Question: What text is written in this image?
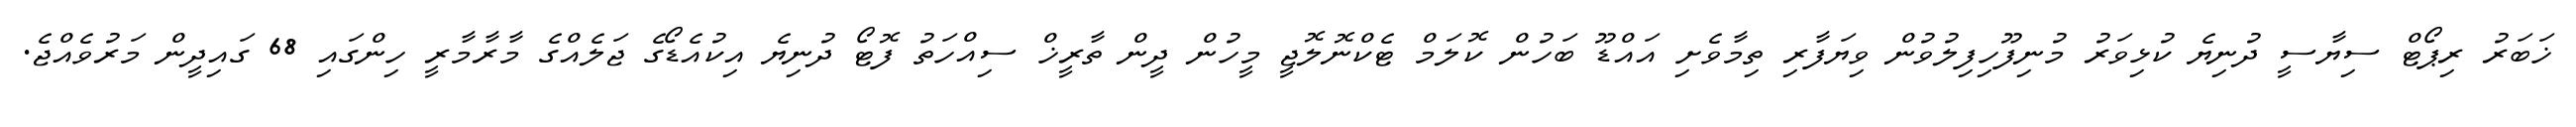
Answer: ޚަބަރު ރިޕޯޓް ސިޔާސީ ދުނިޔެ ކުޅިވަރު މުނިފޫހިފިލުވުން ވިޔަފާރި ތިމާވެށި އައްޑޫ ބަހުން ކޮލަމް ޓެކްނޮލޮޖީ މީހުން ދީން ތާރީޚް ސިއްހަތު ފޮޓޯ ދުނިޔެ އިކުއެޑޯގެ ޖަލެއްގެ މާރާމާރީ ހިންގައި 68 ގައިދީން މަރުވެއްޖެ.